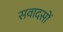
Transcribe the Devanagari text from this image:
सवादसों